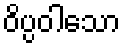
ဝိပ္ပဝါသော